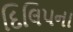
દિલિપના